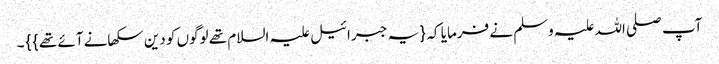
آپ صلی اللہ علیہ وسلم نے فرمایا کہ { یہ جبرائیل علیہ السلام تھے لوگوں کو دین سکھانے آئے تھے } } ۔